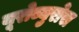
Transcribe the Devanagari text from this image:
यूरोब्युरोस